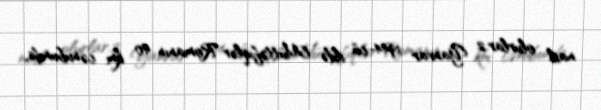
nail olurlar.2 Yanvar 1944-cü ildə Müttəfiqlər Romanın 40 km cənubunda,